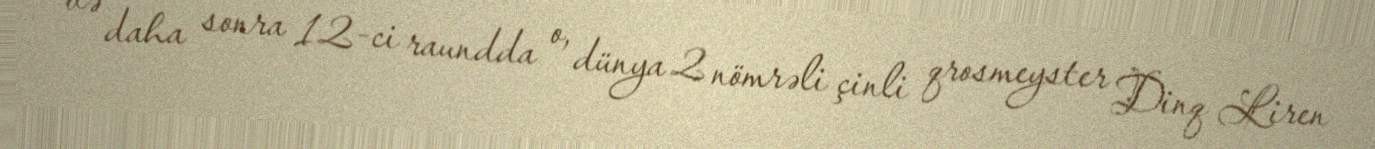
və daha sonra 12-ci raundda o, dünya 2 nömrəli çinli qrosmeyster Dinq Liren